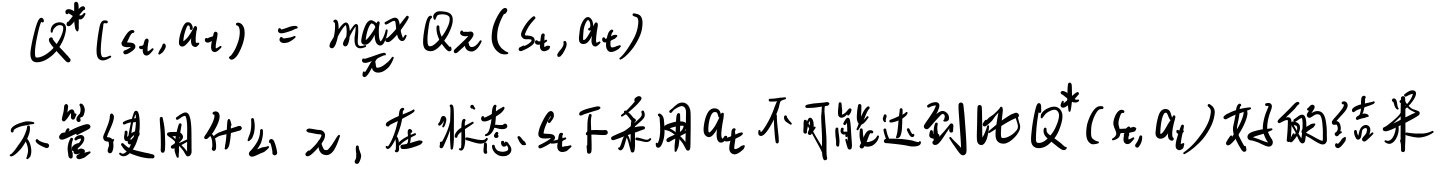
\[Q^*(s_t, a_t) = \max_{\pi} Q_{\pi}(s_t, a_t)\]
不管使用什么 $\pi$，在状态 $s_t$下采用$a_t$，都不可能达到比$Q^*(s_t, a_t)$更好的结果。